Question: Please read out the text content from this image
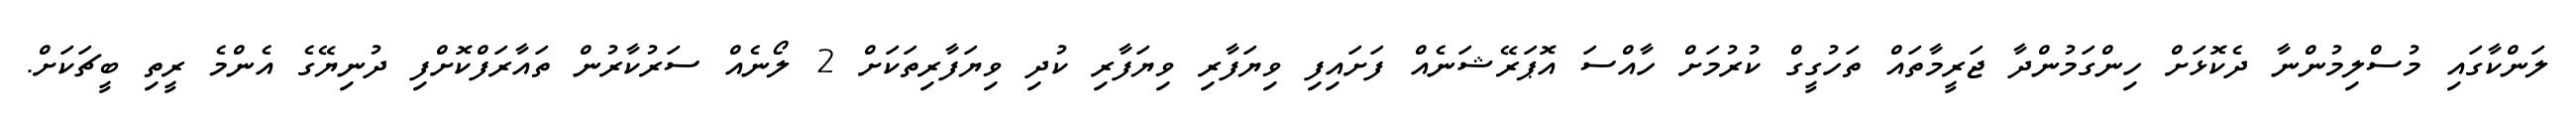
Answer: ލަންކާގައި މުސްލިމުންނާ ދެކޮޅަށް ހިންގަމުންދާ ޖަރީމާތައް ތަހުގީގް ކުރުމަށް ހާއްސަ އޮޕަރޭޝަނެއް ފަށައިފި ވިޔަފާރި ވިޔަފާރި ކުދި ވިޔަފާރިތަކަށް 2 ލޯނެއް ސަރުކާރުން ތައާރަފްކޮށްފި ދުނިޔޭގެ އެންމެ ރީތި ބީޗަކަށް.